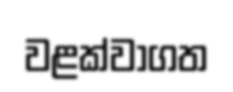
වළක්වාගත